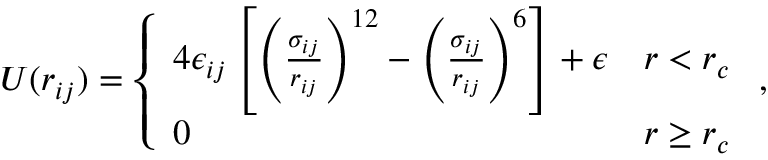
U ( r _ { i j } ) = \left\{ \begin{array} { l l } { 4 \epsilon _ { i j } \left[ \left( \frac { \sigma _ { i j } } { r _ { i j } } \right) ^ { 1 2 } - \left( \frac { \sigma _ { i j } } { r _ { i j } } \right) ^ { 6 } \right] + \epsilon } & { r < r _ { c } } \\ { 0 } & { r \geq r _ { c } } \end{array} \right. ,